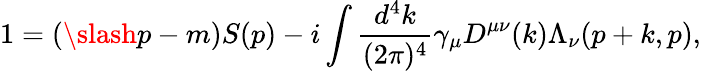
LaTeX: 1=(\slash p-m)S(p)-i\int\frac{d^{4}k}{(2\pi)^{4}}\gamma_{\mu}D^{\mu\nu}(k)\Lambda_{\nu}(p+k,p),